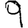
Digit: 9